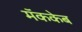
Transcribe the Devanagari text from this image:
मॅककेब